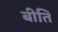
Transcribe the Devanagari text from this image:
बीति